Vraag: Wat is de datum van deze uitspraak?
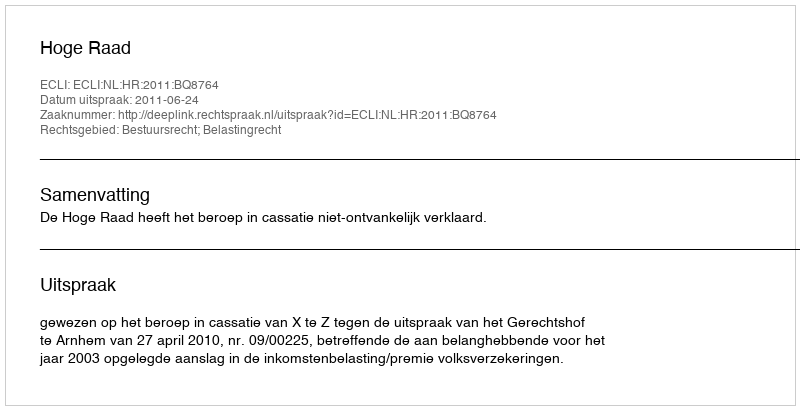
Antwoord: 2011-06-24